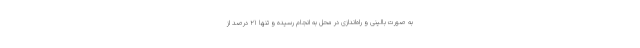
به صورت بالینی و راه‌اندازی در محل به انجام رسیده و تنها ۲۱ درصد از